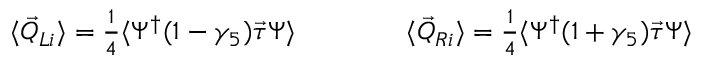
\begin{array} { r } { \langle \vec { Q } _ { L i } \rangle = \frac { 1 } { 4 } \langle \Psi ^ { \dagger } ( 1 - \gamma _ { 5 } ) \vec { \tau } \Psi \rangle \qquad \qquad \langle \vec { Q } _ { R i } \rangle = \frac { 1 } { 4 } \langle \Psi ^ { \dagger } ( 1 + \gamma _ { 5 } ) \vec { \tau } \Psi \rangle } \end{array}